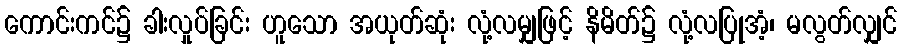
ကောင်းကင်၌ ခါးလှုပ်ခြင်း ဟူသော အယုတ်ဆုံး လုံ့လမျှဖြင့် နိမိတ်၌ လုံ့လပြုအံ့၊ မလွတ်လျှင်